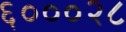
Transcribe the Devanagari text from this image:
६०००२८